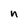
Character: n